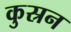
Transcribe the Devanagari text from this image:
कुस्रन